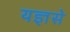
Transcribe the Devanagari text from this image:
यज्ञसे